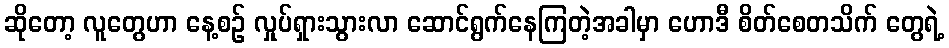
ဆိုတော့ လူတွေဟာ နေ့စဉ် လှုပ်ရှားသွားလာ ဆောင်ရွက်နေကြတဲ့အခါမှာ ဟောဒီ စိတ်စေတသိက် တွေရဲ့